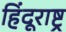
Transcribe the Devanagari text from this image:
हिंदूराष्ट्र